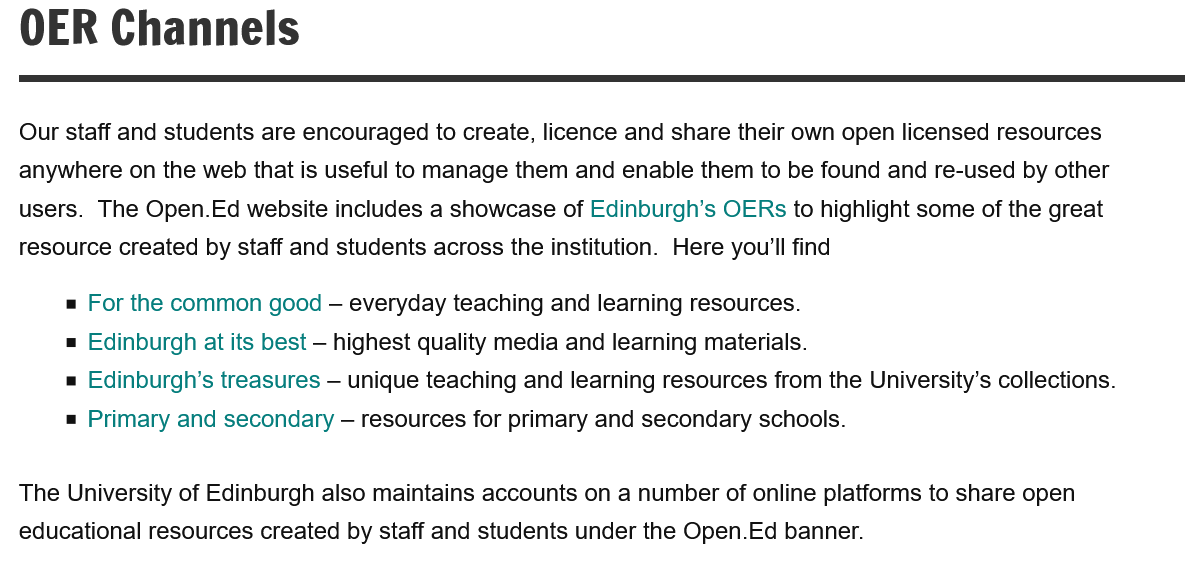
OER    Channels
  Our staff and students are encouraged to create, licence and share their own open licensed resources
  anywhere on the web that is useful to manage them and enable them to be found and re-used by other
  users. The Open.Ed website includes a showcase of Edinburgh’s OERs to highlight some of the great
  resource created by staff and students across the institution. Here you'll find
     For the common good — everyday teaching and learning resources.
     Edinburgh at its best
     — highest quality media and learning materials.
     Edinburgh's treasures
     — unique teaching and learning resources from the University’s collections.
     Primary and secondary — resources for primary and secondary schools.
  The University of Edinburgh also maintains accounts on a number of online platforms to share open
  educational resources created by staff and students under the Open.Ed banner.